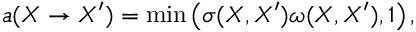
a ( \boldsymbol { X } \to \boldsymbol { X } ^ { \prime } ) = \mathrm { m i n } \left( \sigma ( \boldsymbol { X } , \boldsymbol { X } ^ { \prime } ) \omega ( \boldsymbol { X } , \boldsymbol { X } ^ { \prime } ) , 1 \right) ,